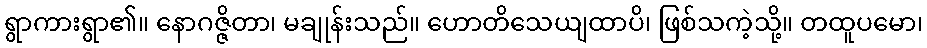
ရွာကားရွာ၏။ နောဂဇ္ဇိတာ၊ မချုန်းသည်။ ဟောတိသေယျထာပိ၊ ဖြစ်သကဲ့သို့။ တထူပမော၊